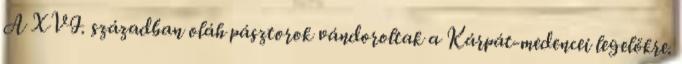
A XVI. században oláh pásztorok vándoroltak a Kárpát-medencei legelőkre.